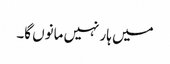
میں ہار نہیں مانوں گا۔